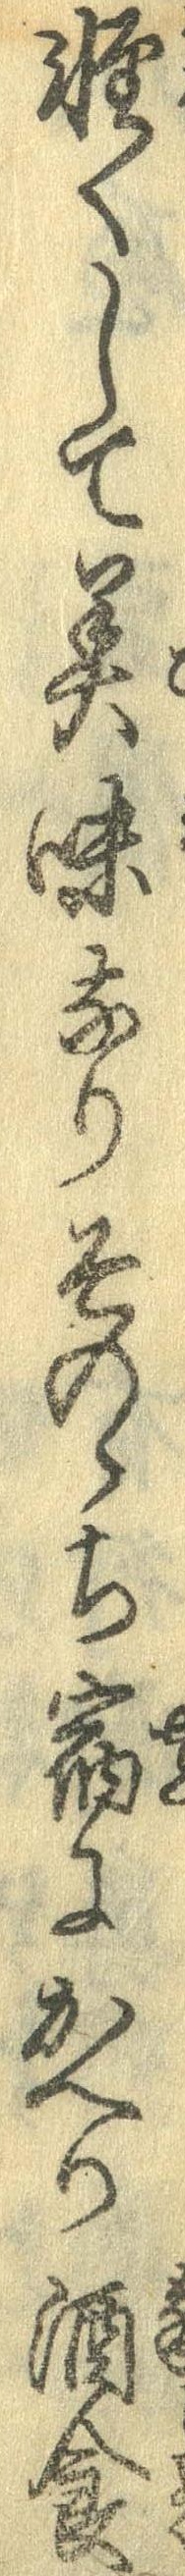
軽くして美味なりそのゝち宿にかへり酒食